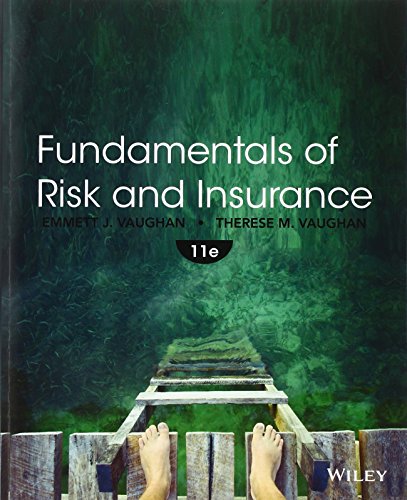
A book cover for Fundamentals of Risk and Insurance; Emmett J. Vaughan; Business & Money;